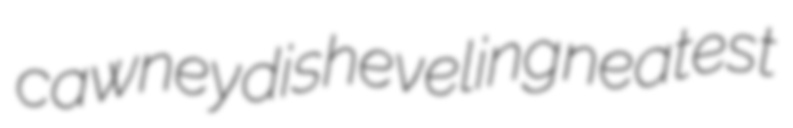
cawney disheveling neatest